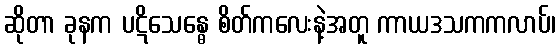
ဆိုတာ ခုနက ပဋိသေန္ဓေ စိတ်ကလေးနဲ့အတူ ကာယဒသကကလာပ်၊